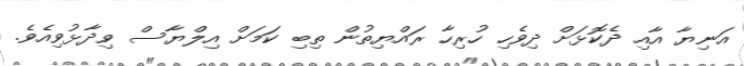
އަނިޔާ އާއި ދެކޮޅަށް ދިވެހި ހުރިހާ ރައްޔިތުން ތިބި ކަމަށް އިލްޔާސް ވިދާޅުވިއެވެ.